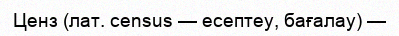
Ценз (лат. census — есептеу, бағалау) —